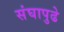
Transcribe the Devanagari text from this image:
संघापुढे